Report on the administration of the Government Cinchona Department 1892-98
Year: 1892
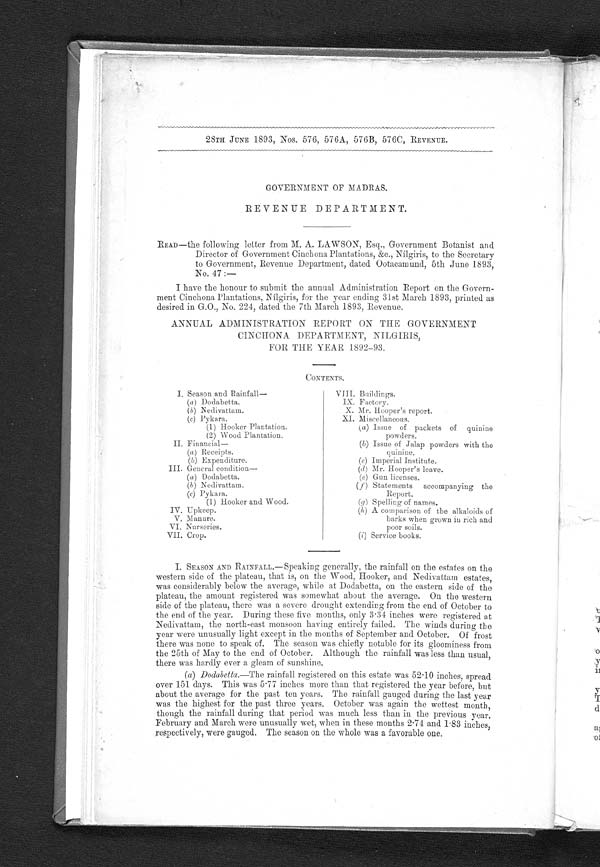
28TH JUNE 1893, Nos. 576, 576A, 576B, 576C, REVENUE.
GOVERNMENT OF MADRAS.
REVENUE DEPARTMENT.
READ—the following letter from M. A. LAWSON, Esq., Government Botanist and
Director of Government Cinchona Plantations, &amp;c., Nilgiris, to the Secretary
to Government, Revenue Department, dated Ootacamund, 5th June 1893,
No. 47 :—
I have the honour to submit the annual Administration Report on the Govern-
ment Cinchona Plantations, Nilgiris, for the year ending 31st March 1893, printed as
desired in G.O., No. 224, dated the 7th March 1893, Revenue.
ANNUAL ADMINISTRATION REPORT ON THE GOVERNMENT
CINCHONA DEPARTMENT, NILG1RIS,
FOR THE YEAR 1892-93,
CONTENTS.
I. Season and Rainfall—
(a ) Dodabetta.
( b) Nedivattam.
(c ) Pykara.
(1) Hooker Plantation.
(2) Wood Plantation.
II. Financial
—
(a)Receipts.
(b)Expenditure.
III. General condition
—
(a)Dodabetta.
(b)
N edivattam.
(c)Pykara.
(1) Hooker and Wood.
IV. Upkeep.
V. Manure.
VI. Nurseries.
VII. Crop.
VIII. Buildings.
IX. Factory.
X. Mr. Hooper's report.
XI. Miscellaneous.
(a)Issue of packets of quinine
powders.
(b)Issue of Jalap powders with the
quinine.
(c)Imperial Institute.
(d)Mr. Hooper's leave.
(e)Gun licenses.
(f)Statements accompanying the
Report.
(g)Spelling of names.
(h)A comparison of the alkaloids of
barks when grown ill rich and
poor soils.
(i ) Service books.
I. SEASON AND RAINFALL.—Speaking generally, the rainfall on the estates on the
western side of the plateau, that is, on the Wood, Hooker, and Nedivattam estates,
was considerably below the average, while at Dodabetta, on the eastern side of the
plateau, the amount registered was somewhat about the average. On the western
side of the plateau, there was a severe drought extending from the end of October to
the end of the year. During these five months, only 3 . 34 inches were registered at
Nedivattam, the north-east monsoon having entirely failed. The winds during the
year were unusually light except in the months of September and October. Of frost
there was none to speak of. The season was chiefly notable for its gloominess from
the 25th of May to the end of October. Although the rainfall was less than usual,
there was hardly ever a gleam of sunshine.
(a) Dodabetta.—The rainfall registered on this estate was 52 . 10 inches, spread
over 151 days. This was 5 . 77 inches more than that registered the year before, but
about the average for the past ten years. The rainfall gauged during the last year
was the highest for the past three years. October was again the wettest month,
though the rainfall during that period was much less than in the previous year.
February and March were unusually wet, when in these months 2 . 74 and 1 . 83 inches,
respectively, were gauged. The season on the whole was a favorable one.